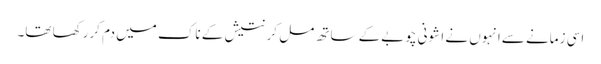
اسی زمانے سےانہوں نے ا شونی چوبےکے ساتھ مل کر نتیش کے ناک میں دم کررکھا تھا۔